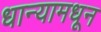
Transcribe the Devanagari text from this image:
धान्यामधून